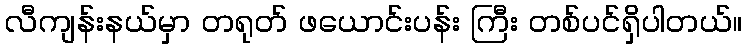
လီကျန်းနယ်မှာ တရုတ် ဖယောင်းပန်း ကြီး တစ်ပင်ရှိပါတယ်။